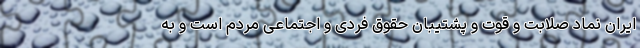
ایران نماد صلابت و قوت و پشتیبان حقوق فردی و اجتماعی مردم است و به